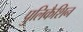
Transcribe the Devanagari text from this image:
पुलिकैशिन